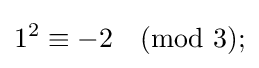
1^{2}\equiv -2{\pmod {3}};